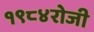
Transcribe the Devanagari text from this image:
१९८४रोजी